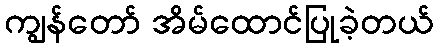
ကျွန်တော် အိမ်ထောင်ပြုခဲ့တယ်